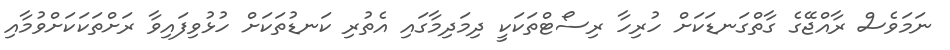
ނަމަވެސް ރާއްޖޭގެ ގާތްގަނޑަކަށް ހުރިހާ ރިސޯޓްތަކަކީ ދިމަދިމާގައި އެތުރި ކަނޑުތަކަށް ހުޅުވިފައިވާ ރަށްތަކަކަށްވުމާއި